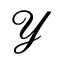
\mathcal { Y }